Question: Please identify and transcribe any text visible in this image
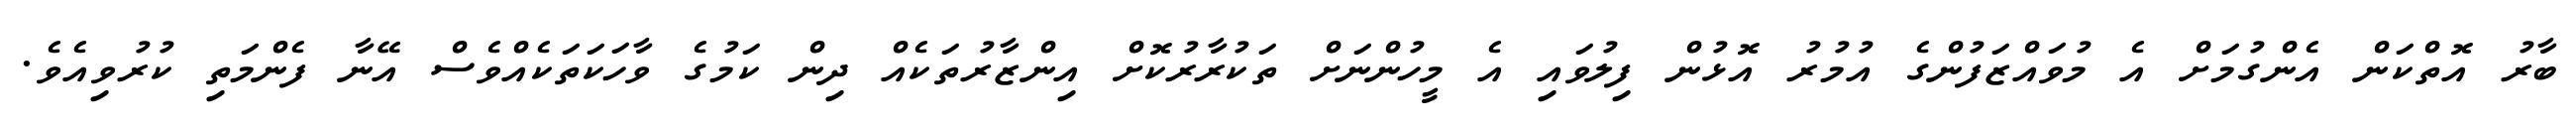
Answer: ބާރު އޮތްކަން އެންގުމަށް އެ މުވައްޒަފުންގެ އުމުރު އޮޅުން ފިލުވައި އެ މީހުންނަށް ތަކުރާރުކޮށް އިންޒާރުތަކެއް ދިން ކަމުގެ ވާހަކަތަކެއްވެސް އޭނާ ފެންމަތި ކުރުވިއެވެ.